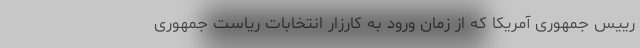
رییس جمهوری آمریکا که از زمان ورود به کارزار انتخابات ریاست جمهوری